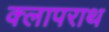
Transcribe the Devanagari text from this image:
क्लापराथ